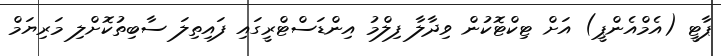
ޕާޓީ (އެމްއެންޕީ) އަށް ޓިކްޓޮކުން ވިދާލާ ފިލްމު އިންޑަސްޓްރީގައި ފައިތިލަ ސާބިތުކޮށްލި މަރިޔަމް